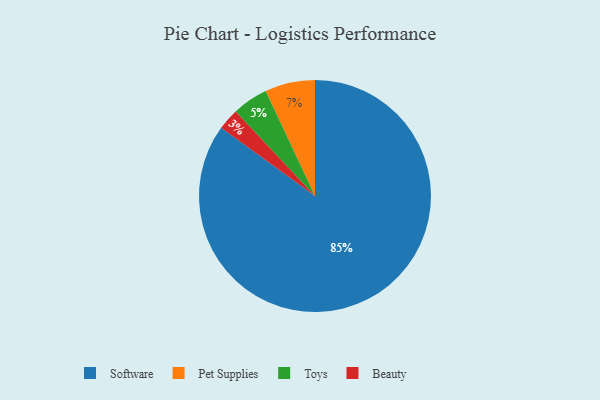
{"axis": {"x": "Category", "y": "Percentage"}, "legend": ["Beauty", "Pet Supplies", "Software", "Toys"], "data": [{"x": "Pet Supplies", "y": 7, "type": "Pet Supplies"}, {"x": "Toys", "y": 5, "type": "Toys"}, {"x": "Software", "y": 85, "type": "Software"}, {"x": "Beauty", "y": 3, "type": "Beauty"}]}